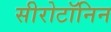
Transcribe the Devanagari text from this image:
सीरोटॉनिन